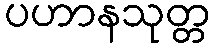
ပဟာနသုတ္တ